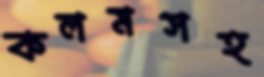
কলমসহ